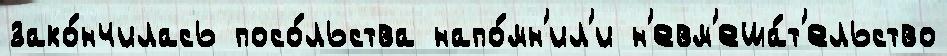
зако́нчилась посо́льства напо́мн'ил'и н'евм'еша́т'ельство